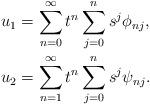
LaTeX: \begin{align*}u_{1} & =\sum_{n=0}^{\infty}t^{n}\sum_{j=0}^{n}s^{j}\phi_{nj},\\u_{2} & =\sum_{n=1}^{\infty}t^{n}\sum_{j=0}^{n}s^{j}\psi_{nj}.\end{align*}